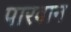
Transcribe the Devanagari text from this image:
पारवान